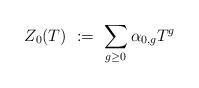
LaTeX: \begin{align*} Z_0(T)\ :=\ \sum_{g\ge 0} \alpha_{0,g} T^g\end{align*}